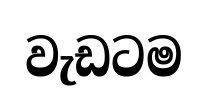
වැඩටම